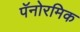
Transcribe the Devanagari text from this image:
पॅनोरमिक